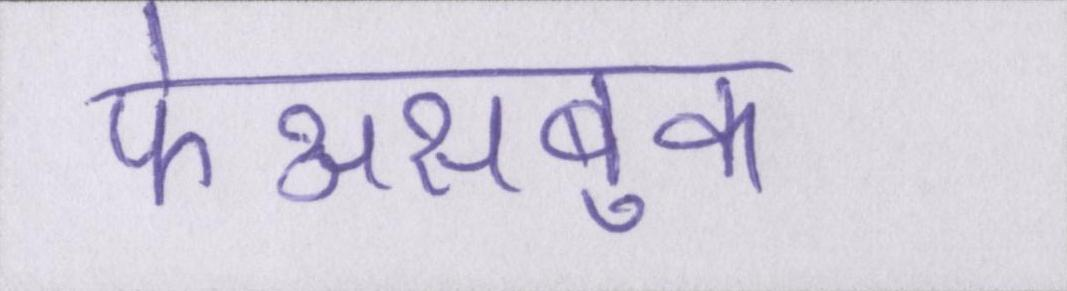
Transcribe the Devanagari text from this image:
फेअसबुक